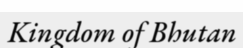
Kingdom of Bhutan